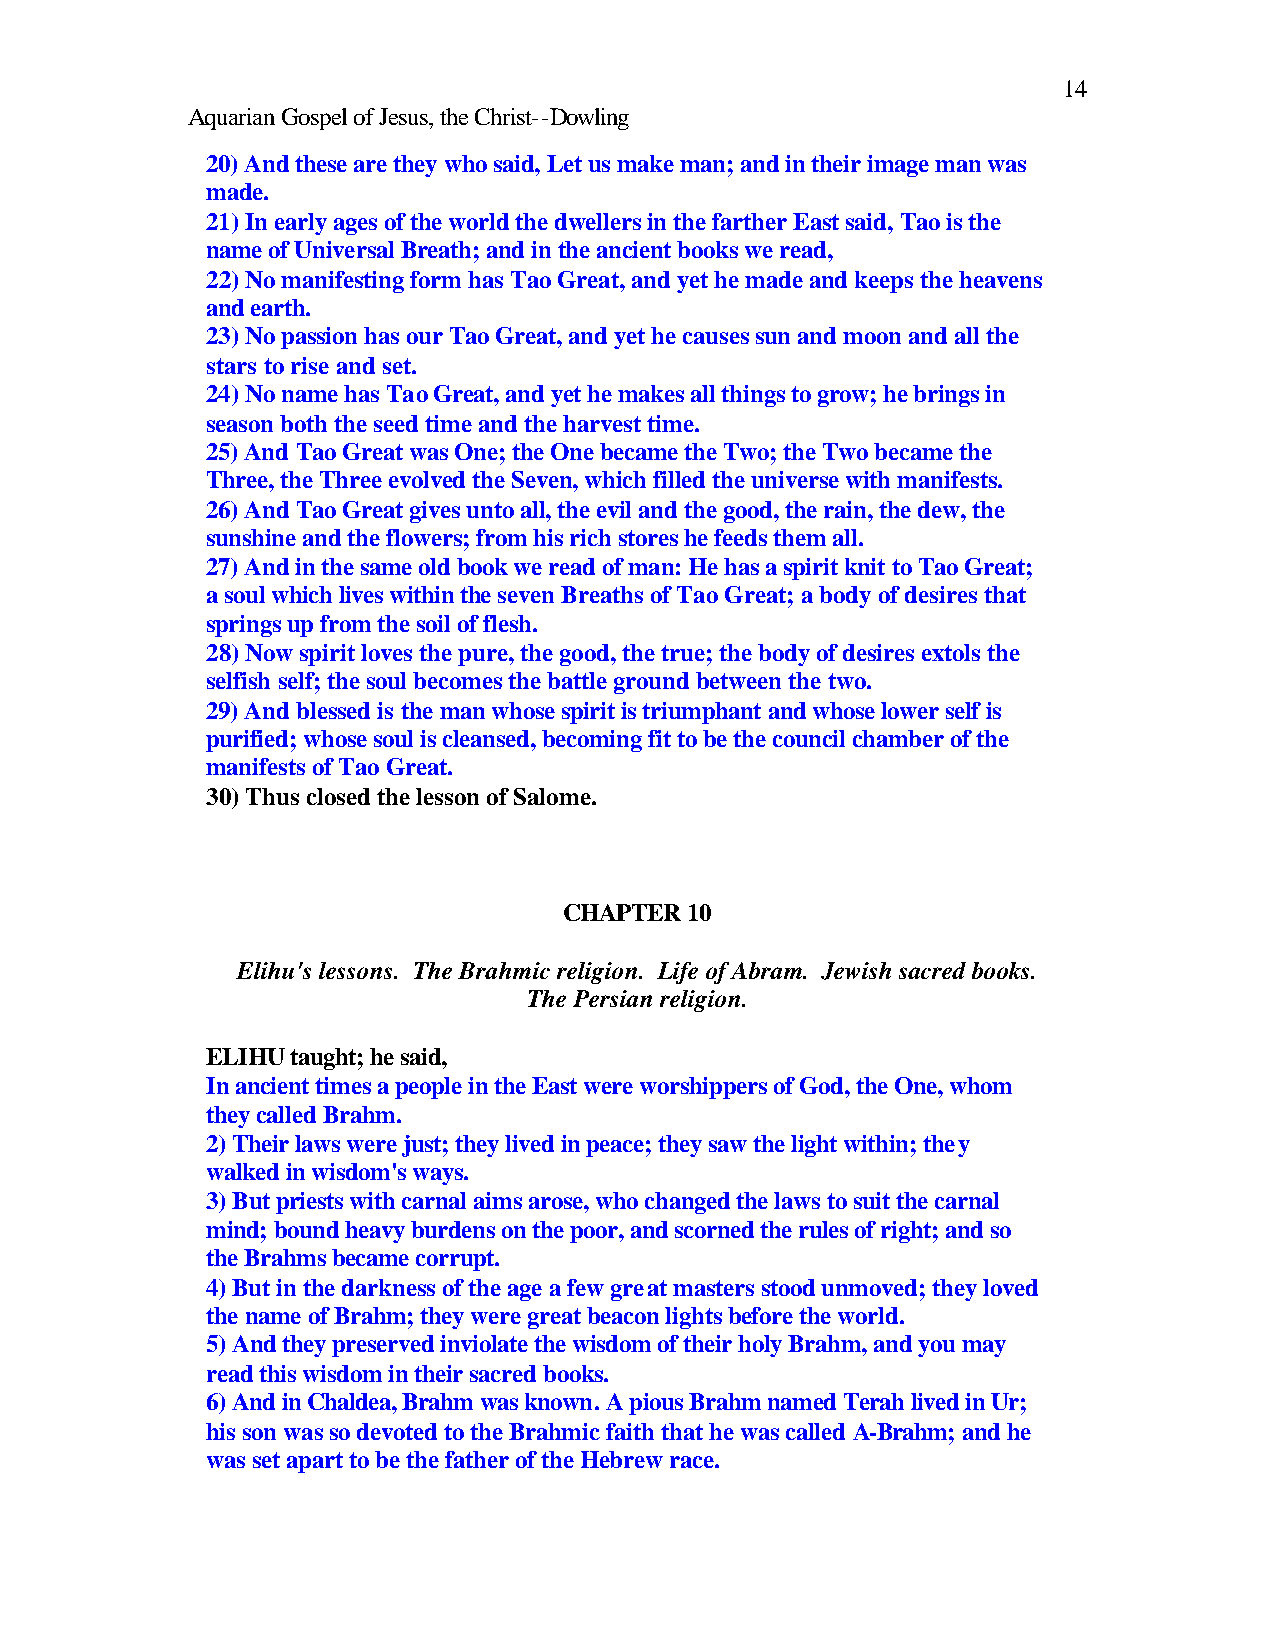
14
 Aquarian Gospel of Jesus, the Christ--Dowling
 20) And these are they who said, Let us make man; and in their image man was
 made.
 21) In early ages of the world the dwellers in the farther East said, Tao is the
 name of Universal Breath; and in the ancient books we read,
 22) No manifesting form has Tao Great, and yet he made and keeps the heavens
 and earth.
 23) No passion has our Tao Great, and yet he causes sun and moon and all the
 stars to rise and set.
 24) No name has Tao Great, and yet he makes all things to grow; he brings in
 season both the seed time and the harvest time.
 25) And Tao Great was One; the One became the Two; the Two became the
 Three, the Three evolved the Seven, which filled the universe with manifests.
 26) And Tao Great gives unto all, the evil and the good, the rain, the dew, the
 sunshine and the flowers; from his rich stores he feeds them all.
 27) And in the same old book we read of man: He has a spirit knit to Tao Great;
 a soul which lives within the seven Breaths of Tao Great; a body of desires that
 springs up from the soil of flesh.
 28) Now spirit loves the pure, the good, the true; the body of desires extols the
 selfish self; the soul becomes the battle ground between the two.
 29) And blessed is the man whose spirit is triumphant and whose lower self is
 purified; whose soul is cleansed, becoming fit to be the council chamber of the
 manifests of Tao Great.
 30) Thus closed the lesson of Salome.
 CHAPTER 10
 Elihu's lessons. The Brahmic religion. Life of Abram. Jewish sacred books.
 The Persian religion.
 ELIHU taught; he said,
 In ancient times a people in the East were worshippers of God, the One, whom
 they called Brahm.
 2) Their laws were just; they lived in peace; they saw the light within; they
 walked in wisdom's ways.
 3) But priests with carnal aims arose, who changed the laws to suit the carnal
 mind; bound heavy burdens on the poor, and scorned the rules of right; and so
 the Brahms became corrupt.
 4) But in the darkness of the age a few great masters stood unmoved; they loved
 the name of Brahm; they were great beacon lights before the world.
 5) And they preserved inviolate the wisdom of their holy Brahm, and you may
 read this wisdom in their sacred books.
 6) And in Chaldea, Brahm was known. A pious Brahm named Terah lived in Ur;
 his son was so devoted to the Brahmic faith that he was called A-Brahm; and he
 was set apart to be the father of the Hebrew race.